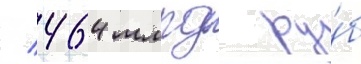
/ 464 млрд ру́б